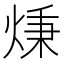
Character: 𤊔